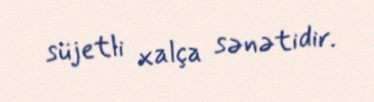
süjetli xalça sənətidir.